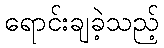
ရောင်းချခဲ့သည့်